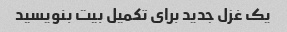
یک غزل جدید برای تکمیل بیت بنویسید